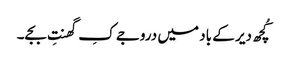
کُچھ دیر کے باد میں دروجے کِ گھنتِ بجے۔